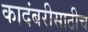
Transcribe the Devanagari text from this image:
कादंबरीसाठीच